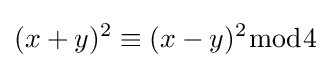
(x+y)^{2}\equiv (x-y)^{2}{\bmod {4}}